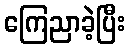
ကြေညာခဲ့ပြီး